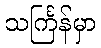
သင်္ကြန်မှာ